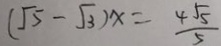
( \sqrt { 5 } - \sqrt { 3 } ) x = \frac { 4 \sqrt { 5 } } { 5 }